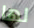
لها